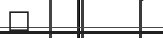
٤